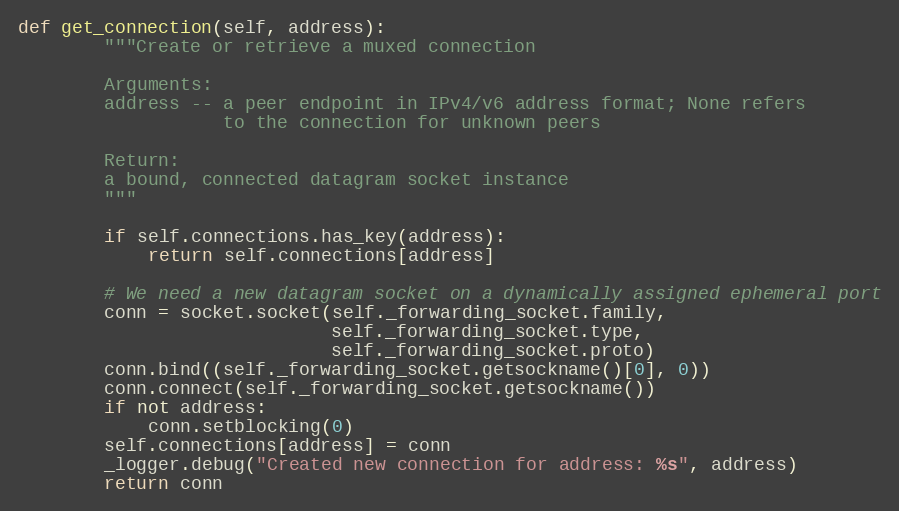
Language: Python
def get_connection(self, address):
        """Create or retrieve a muxed connection

        Arguments:
        address -- a peer endpoint in IPv4/v6 address format; None refers
                   to the connection for unknown peers

        Return:
        a bound, connected datagram socket instance
        """

        if self.connections.has_key(address):
            return self.connections[address]

        # We need a new datagram socket on a dynamically assigned ephemeral port
        conn = socket.socket(self._forwarding_socket.family,
                             self._forwarding_socket.type,
                             self._forwarding_socket.proto)
        conn.bind((self._forwarding_socket.getsockname()[0], 0))
        conn.connect(self._forwarding_socket.getsockname())
        if not address:
            conn.setblocking(0)
        self.connections[address] = conn
        _logger.debug("Created new connection for address: %s", address)
        return conn